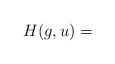
\begin{align*}H (g, u) = \end{align*}